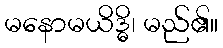
မနောမယိဒ္ဓိ၊ မည်၏။